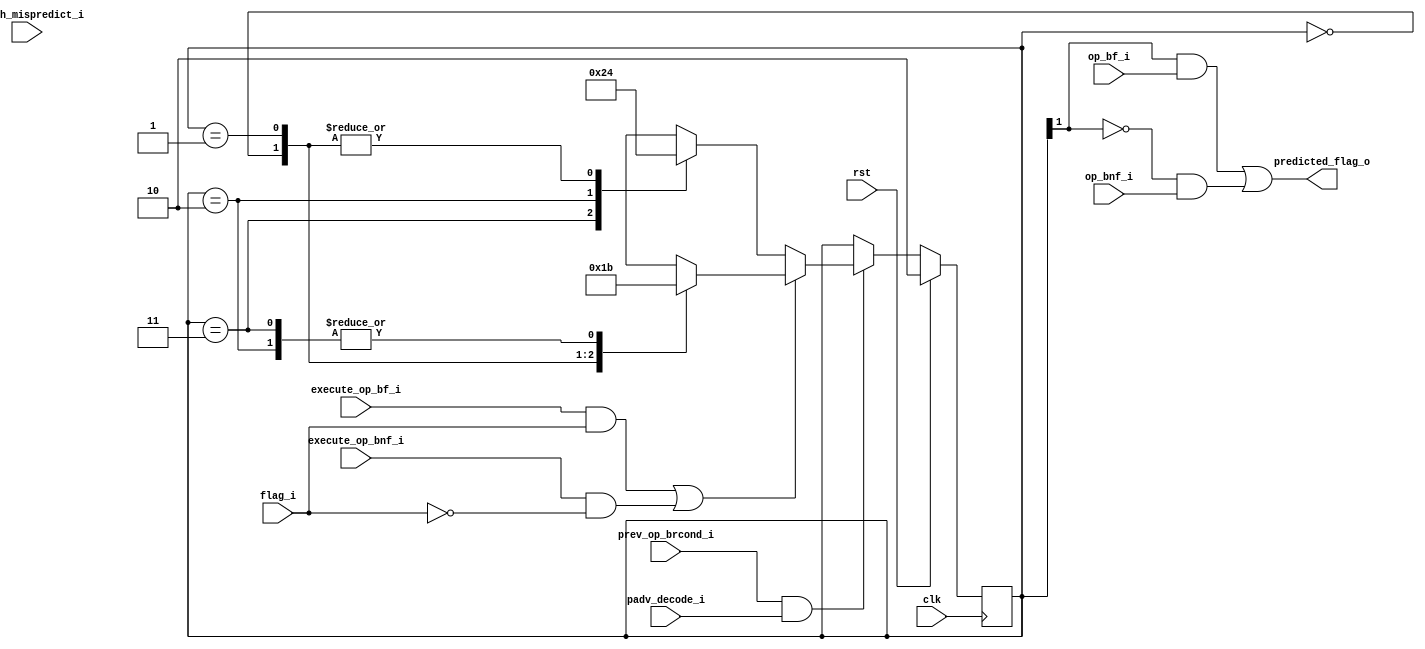
module mor1kx_branch_predictor_saturation_counter
   (
    input clk,
    input rst,

    // Signals belonging to the stage where the branch is predicted.
    output predicted_flag_o,     //result of predictor

    input execute_op_bf_i,       // prev insn was bf
    input execute_op_bnf_i,      // prev insn was bnf
    input op_bf_i,               // cur insn is bf
    input op_bnf_i,              // cur insn is bnf
    input padv_decode_i,         // pipeline is moved
    input flag_i,                // prev predicted flag

    // Signals belonging to the stage where the branch is resolved.
    input prev_op_brcond_i,      // prev op was cond brn
    input branch_mispredict_i    // prev brn was mispredicted
    );

   localparam [1:0]
      STATE_STRONGLY_NOT_TAKEN = 2'b00,
      STATE_WEAKLY_NOT_TAKEN   = 2'b01,
      STATE_WEAKLY_TAKEN       = 2'b10,
      STATE_STRONGLY_TAKEN     = 2'b11;

   reg [1:0] state = STATE_WEAKLY_TAKEN;

   assign predicted_flag_o = (state[1] && op_bf_i) || (!state[1] && op_bnf_i);
   wire brn_taken = (execute_op_bf_i && flag_i) || (execute_op_bnf_i && !flag_i);
 
   always @(posedge clk) begin
      if (rst) begin
         state <= STATE_WEAKLY_TAKEN;
      end else begin
         if (prev_op_brcond_i && padv_decode_i) begin
            if (!brn_taken) begin
               // change fsm state:
               //   STATE_STRONGLY_TAKEN -> STATE_WEAKLY_TAKEN
               //   STATE_WEAKLY_TAKEN -> STATE_WEAKLY_NOT_TAKEN
               //   STATE_WEAKLY_NOT_TAKEN -> STATE_STRONGLY_NOT_TAKEN
               //   STATE_STRONGLY_NOT_TAKEN -> STATE_STRONGLY_NOT_TAKEN
               case (state)
                  STATE_STRONGLY_TAKEN:
                     state <= STATE_WEAKLY_TAKEN;
                  STATE_WEAKLY_TAKEN:
                     state <= STATE_WEAKLY_NOT_TAKEN;
                  STATE_WEAKLY_NOT_TAKEN:
                     state <= STATE_STRONGLY_NOT_TAKEN;
                  STATE_STRONGLY_NOT_TAKEN:
                     state <= STATE_STRONGLY_NOT_TAKEN;
               endcase
            end else begin
               // change fsm state:
               //   STATE_STRONGLY_NOT_TAKEN -> STATE_WEAKLY_NOT_TAKEN
               //   STATE_WEAKLY_NOT_TAKEN -> STATE_WEAKLY_TAKEN
               //   STATE_WEAKLY_TAKEN -> STATE_STRONGLY_TAKEN
               //   STATE_STRONGLY_TAKEN -> STATE_STRONGLY_TAKEN
               case (state)
                  STATE_STRONGLY_NOT_TAKEN:
                     state <= STATE_WEAKLY_NOT_TAKEN;
                  STATE_WEAKLY_NOT_TAKEN:
                     state <= STATE_WEAKLY_TAKEN;
                  STATE_WEAKLY_TAKEN:
                     state <= STATE_STRONGLY_TAKEN;
                  STATE_STRONGLY_TAKEN:
                     state <= STATE_STRONGLY_TAKEN;
               endcase
            end
         end
      end
   end
endmodule